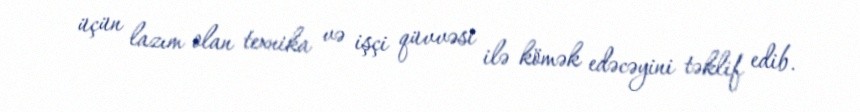
üçün lazım olan texnika və işçi qüvvəsi ilə kömək edəcəyini təklif edib.